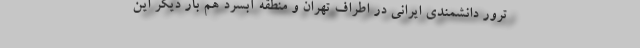
ترور دانشمندی ایرانی در اطراف تهران و منطقه آبسرد هم بار دیگر این